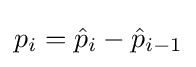
p_{i}={\hat {p}}_{i}-{\hat {p}}_{i-1}